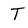
Character: T